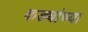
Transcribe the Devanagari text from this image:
कड्यांच्या